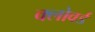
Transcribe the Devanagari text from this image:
क्लोवर्ड